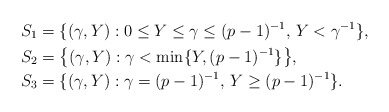
\begin{align*}S_1&=\{(\gamma,Y): 0\leq Y\leq \gamma\leq (p-1)^{-1},\,Y<\gamma^{-1}\},\\S_2&=\big\{(\gamma,Y):\gamma<\min\{Y,(p-1)^{-1}\}\big\},\\S_3&=\{(\gamma,Y):\gamma=(p-1)^{-1},\, Y\geq (p-1)^{-1}\}.\end{align*}